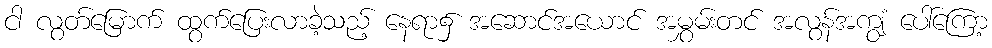
ငါ လွတ်မြောက် ထွက်ပြေးလာခဲ့သည့် နေရာ၌ အဆောင်အယောင် အမွှမ်းတင် အလွန်အကျွံ ပေါ်ကြော့